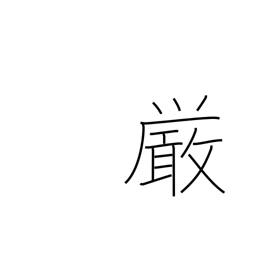
Meaning: rigidity